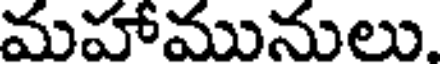
మహామునులు.